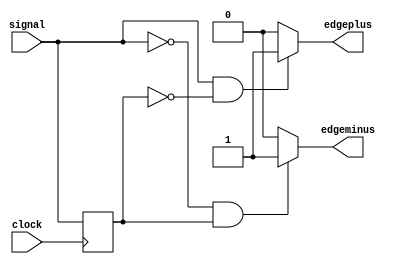
`timescale 1ns / 1ps
//////////////////////////////////////////////////////////////////////////////////
// Company: 
// Engineer: 
// 
// Design Name: 
// Module Name:    posnotedge 
// Project Name: 
// Target Devices: 
// Tool versions: 
// Description: 
//
// Dependencies: 
//
// Revision: 
// Revision 0.01 - File Created
// Additional Comments: 
//
//////////////////////////////////////////////////////////////////////////////////
module posnotedge(
    input signal,
	 input clock,
    output reg edgeplus,
	 output reg edgeminus
    );
	 
initial 
	begin
		edgeplus = 0;
		edgeminus = 0;
	end
reg oldsignal = 0;

always @(posedge clock)
	begin
		oldsignal <= signal;
	end

always @(*)
  begin
	if(signal == 1 & oldsignal == 0)		// rising edges
	  edgeplus = 1;
	else
	  edgeplus = 0;
	if(signal == 0 & oldsignal == 1)		// falling edges
	  edgeminus = 1;
	else
	  edgeminus = 0;
  end

endmodule